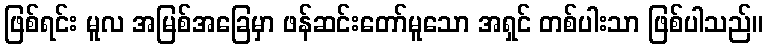
ဖြစ်ရင်း မူလ အမြစ်အခြေမှာ ဖန်ဆင်းတော်မူသော အရှင် တစ်ပါးသာ ဖြစ်ပါသည်။